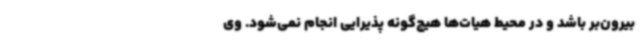
بیرون‌بر باشد و در محیط هیات‌ها هیچ‌گونه پذیرایی انجام نمی‌شود. وی